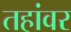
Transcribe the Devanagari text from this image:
तहांवर